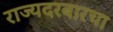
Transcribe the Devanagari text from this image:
राज्यदरबारचा